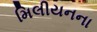
મિલીયનના